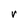
Character: r